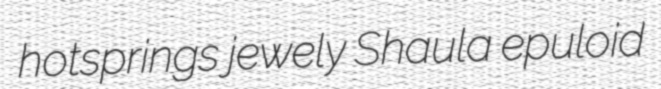
hotsprings jewely Shaula epuloid